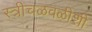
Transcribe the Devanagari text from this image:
स्त्रीचळवळीशी